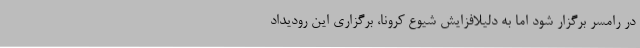
در رامسر برگزار شود اما به دلیلافزایش شیوع کرونا، برگزاری این رودیداد